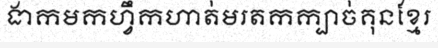
ងាកមកហ្វឹកហាត់មរតកក្បាច់គុនខ្មែរ